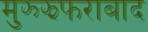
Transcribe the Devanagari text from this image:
मुझ्झफराबाद